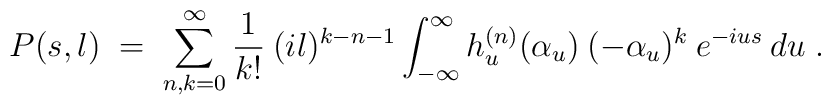
P(s,l) \;=\; \sum_{n,k=0}^\infty \frac{1}{k!} \:(il)^{k-n-1} \int_{-\infty}^\infty h_u^{(n)}(\alpha_u) \:(-\alpha_u)^k \: e^{-ius} \:du \; .